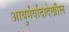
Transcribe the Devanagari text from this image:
आयुर्मर्यादादेखील